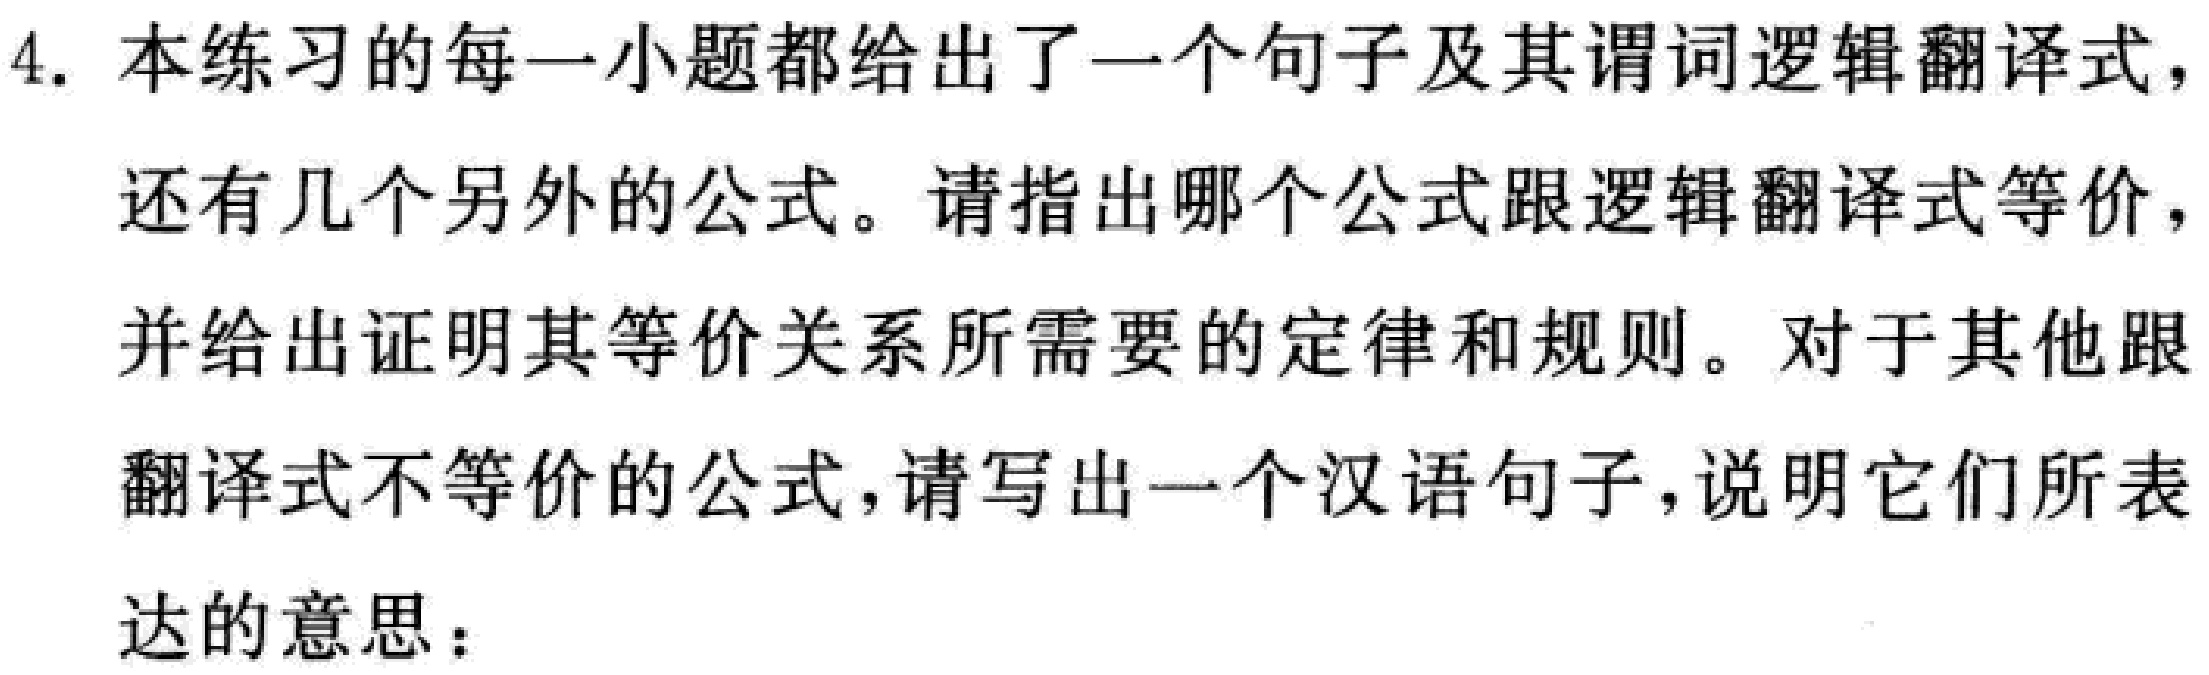
4. 本练习的每一小题都给出了一个句子及其谓词逻辑翻译式，还有几个另外的公式。请指出哪个公式跟逻辑翻译式等价，并给出证明其等价关系所需要的定律和规则。对于其他跟翻译式不等价的公式，请写出一个汉语句子，说明它们所表达的意思：